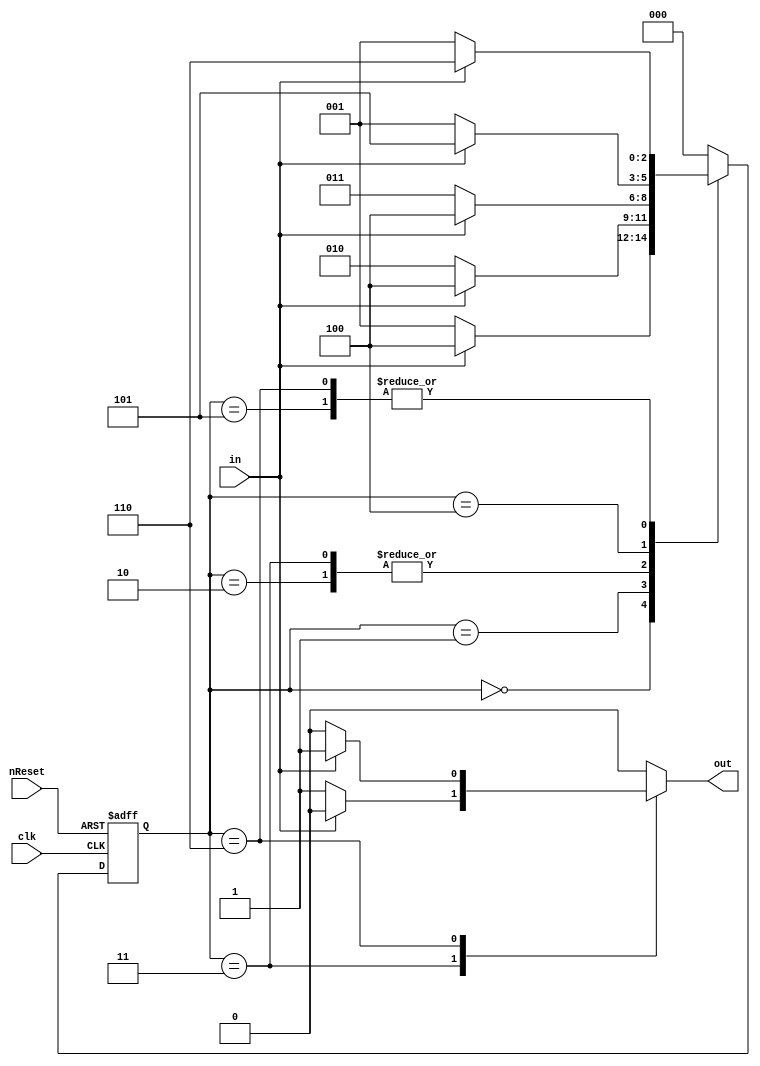
//state
`define Init 3'b000
`define S1 3'b001
`define S2 3'b010
`define S3 3'b011
`define S4 3'b100
`define S5 3'b101
`define S6 3'b110

module MealyMachine(nReset, clk, in, out);
	//input & output
	input in, nReset, clk;
	output out;
	
	//in case of FSM, output is reg type
	reg [2:0] CurState, NextState;
	reg out;
	
	
	always @(posedge clk or negedge nReset)	
		//Reset
		if(!nReset) CurState <= `Init;
		//Transition
		else CurState <= NextState;
		
	always @(CurState or in)
		//casex includes don't care and High-Z
		casex(CurState)
			//if CurState == `Init
			`Init: begin
				if(in==0) begin //input == 0
					NextState = `S1;
					out = 1'b0;
				end
				else begin //input == 1
					NextState = `S4;
					out = 1'b0;
				end
			end
				
			`S1: begin
				if(in==0) begin
					NextState = `S2;
					out = 1'b0;
				end
				else begin
					NextState = `S4;
					out = 1'b0;
				end
			end
				
			`S2: begin
				if(in==0) begin
					NextState = `S3;
					out = 1'b0;
				end
				else begin
					NextState = `S4;
					out = 1'b0;
				end
			end
				
			`S3: begin
				if(in==0) begin
					NextState = `S3;
					out = 1'b1;
				end
				else begin
					NextState = `S4;
					out = 1'b0;
				end
			end
				
			`S4: begin
				if(in==0) begin
					NextState = `S1;
					out = 1'b0;
				end
				else begin
					NextState = `S5;
					out = 1'b0;
				end
			end
			
			`S5: begin
				if(in==0) begin
					NextState = `S1;
					out = 1'b0;
				end
				else begin
					NextState = `S6;
					out = 1'b0;
				end
			end
				
			`S6: begin
				if(in==0) begin
					NextState = `S1;
					out = 1'b0;
				end
				else begin
					NextState = `S6;
					out = 1'b1;
				end
			end
				
			default: begin
				NextState = `Init;
				out = 1'b0;
			end
			
		endcase
endmodule